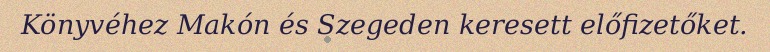
Könyvéhez Makón és Szegeden keresett előfizetőket.